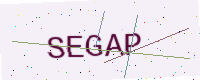
Text: SEGAP